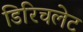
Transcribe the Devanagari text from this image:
डिरिचलेट